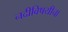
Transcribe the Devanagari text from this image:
नदीविषयीचा